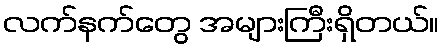
လက်နက်တွေ အများကြီးရှိတယ်။